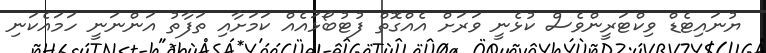
ޔުނައިޓެޑް ވިކްޓަރީންވެސް ކުޅެނީ ވަރަށް އެއްގޮތް ފުޓުބޯޅައެއް ކަމަށާއި ތަފާތު އަންނަނީ ހަމައެކަނި